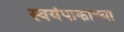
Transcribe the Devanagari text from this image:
स्वयंपाकाच्या